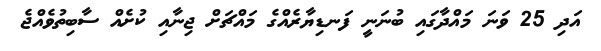
އަދި 25 ވަނަ މައްދާގައި ބުނަނީ ފަނޑިޔާރެއްގެ މައްޗަށް ޖިނާއި ކުށެއް ސާބިތުވެއްޖެ